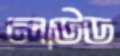
লাউড